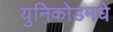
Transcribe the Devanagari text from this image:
युनिकोडमधे